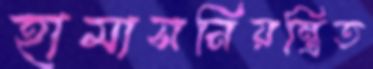
হামাসনিয়ন্ত্রিত